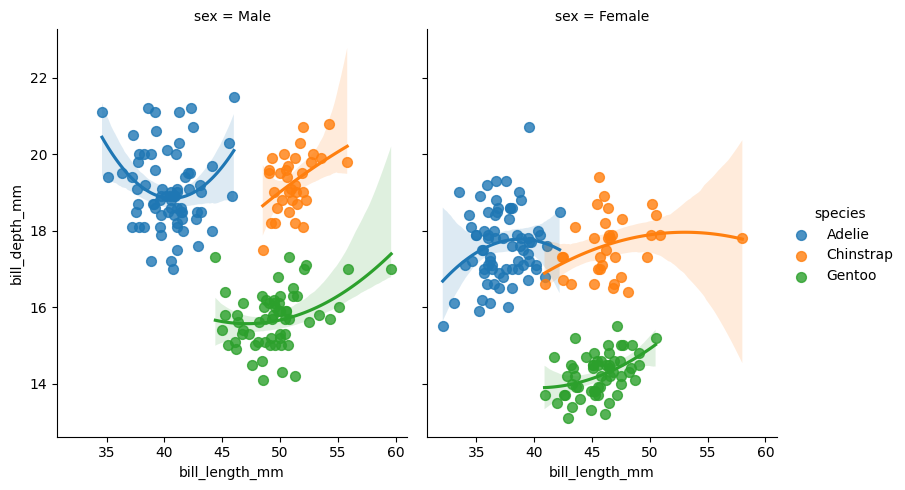
python, seaborn, lmplot, aspect=0.8, order=2, markers='o'